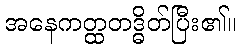
အနေကတ္ထတဒ္ဓိတ်ပြီး၏။